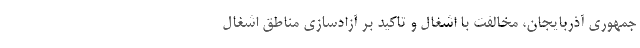
جمهوری آذربایجان، مخالفت با اشغال و تاکید بر آزادسازی مناطق اشغال